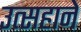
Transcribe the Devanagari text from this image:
उत्सहाने